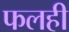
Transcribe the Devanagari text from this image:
फलही